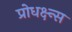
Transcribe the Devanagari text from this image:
प्रोधक्ष्न्स